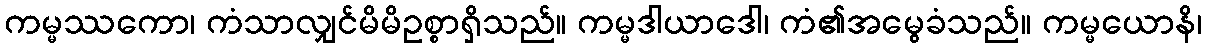
ကမ္မဿကော၊ ကံသာလျှင်မိမိဥစ္စာရှိသည်။ ကမ္မဒါယာဒေါ၊ ကံ၏အမွေခံသည်။ ကမ္မယောနိ၊